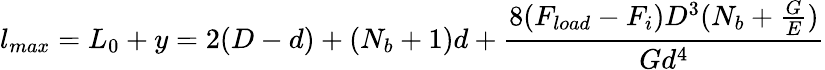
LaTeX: l_{max}=L_{0}+y=2(D-d)+(N_{b}+1)d+\frac{8(F_{load}-F_{i})D^{3}(N_{b}+\frac{G}{E})}{Gd^{4}}